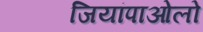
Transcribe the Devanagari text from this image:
जियांपाओलो